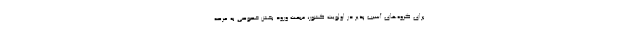
برای گروه‌های آسیب پذیر در اولویت کشور، مبحث ورود بخش خصوصی به عرصه